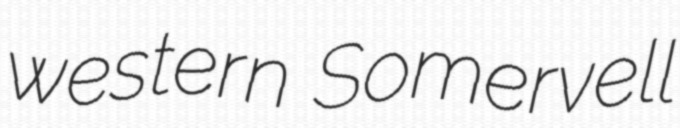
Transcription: western Somervell